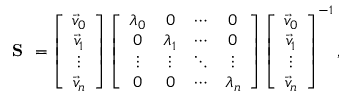
\textbf { S } = \left[ { \begin{array} { c } { \vec { v } _ { 0 } } \\ { \vec { v } _ { 1 } } \\ { \vdots } \\ { \vec { v } _ { n } } \end{array} } \right] \left[ { \begin{array} { c c c c } { \lambda _ { 0 } } & { 0 } & { \cdots } & { 0 } \\ { 0 } & { \lambda _ { 1 } } & { \cdots } & { 0 } \\ { \vdots } & { \vdots } & { \ddots } & { \vdots } \\ { 0 } & { 0 } & { \cdots } & { \lambda _ { n } } \end{array} } \right] \left[ { \begin{array} { c } { \vec { v } _ { 0 } } \\ { \vec { v } _ { 1 } } \\ { \vdots } \\ { \vec { v } _ { n } } \end{array} } \right] ^ { - 1 } ,